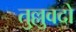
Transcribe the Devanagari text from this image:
तुल्लुवदो